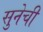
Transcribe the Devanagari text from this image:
सुनेची